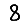
Digit: 8